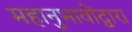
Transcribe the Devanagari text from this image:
महानुभावोंद्वारा